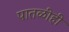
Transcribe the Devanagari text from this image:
पातळीही